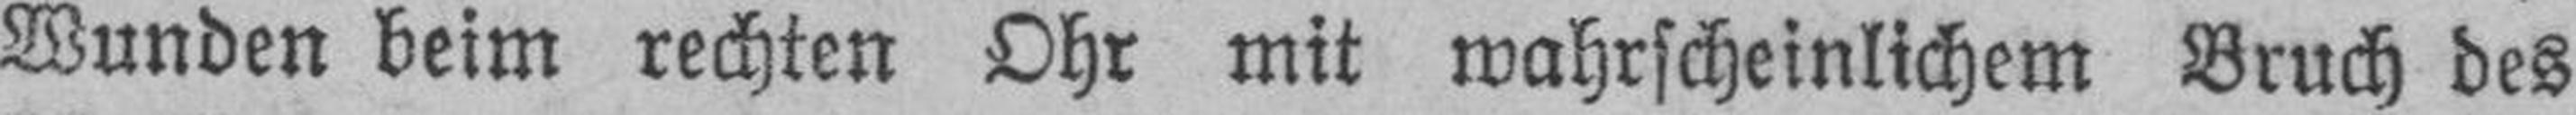
Wunden beim rechten Ohr mit wahrscheinlichem Bruch des